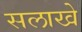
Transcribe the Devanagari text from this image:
सलाखे